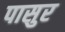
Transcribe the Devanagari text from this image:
पासुर